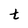
Character: t